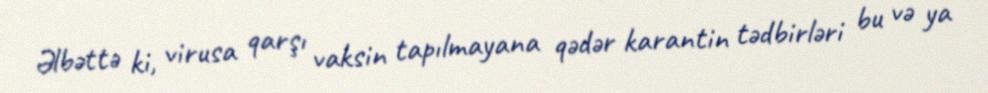
Əlbəttə ki, virusa qarşı vaksin tapılmayana qədər karantin tədbirləri bu və ya